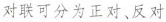
对联可分为正对、反对